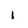
Character: i